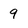
Character: 9